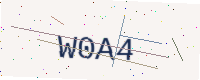
Text: W0A4